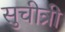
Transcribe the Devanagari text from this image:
सुचीत्री